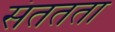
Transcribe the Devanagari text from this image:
संततता